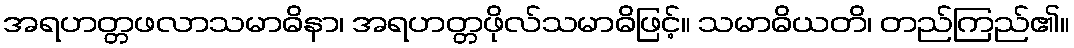
အရဟတ္တဖလာသမာဓိနာ၊ အရဟတ္တဖိုလ်သမာဓိဖြင့်။ သမာဓိယတိ၊ တည်ကြည်၏။